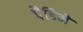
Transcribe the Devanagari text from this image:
पैडिमें